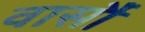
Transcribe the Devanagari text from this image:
वार्सौ